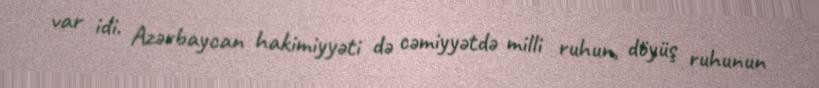
var idi. Azərbaycan hakimiyyəti də cəmiyyətdə milli ruhun, döyüş ruhunun